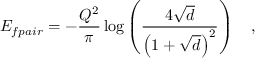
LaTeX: E _ { f p a i r } = - \frac { Q ^ { 2 } } { \pi } \log \left( \frac { 4 \sqrt { d } } { \left( 1 + \sqrt { d } \right) ^ { 2 } } \right) \quad ,